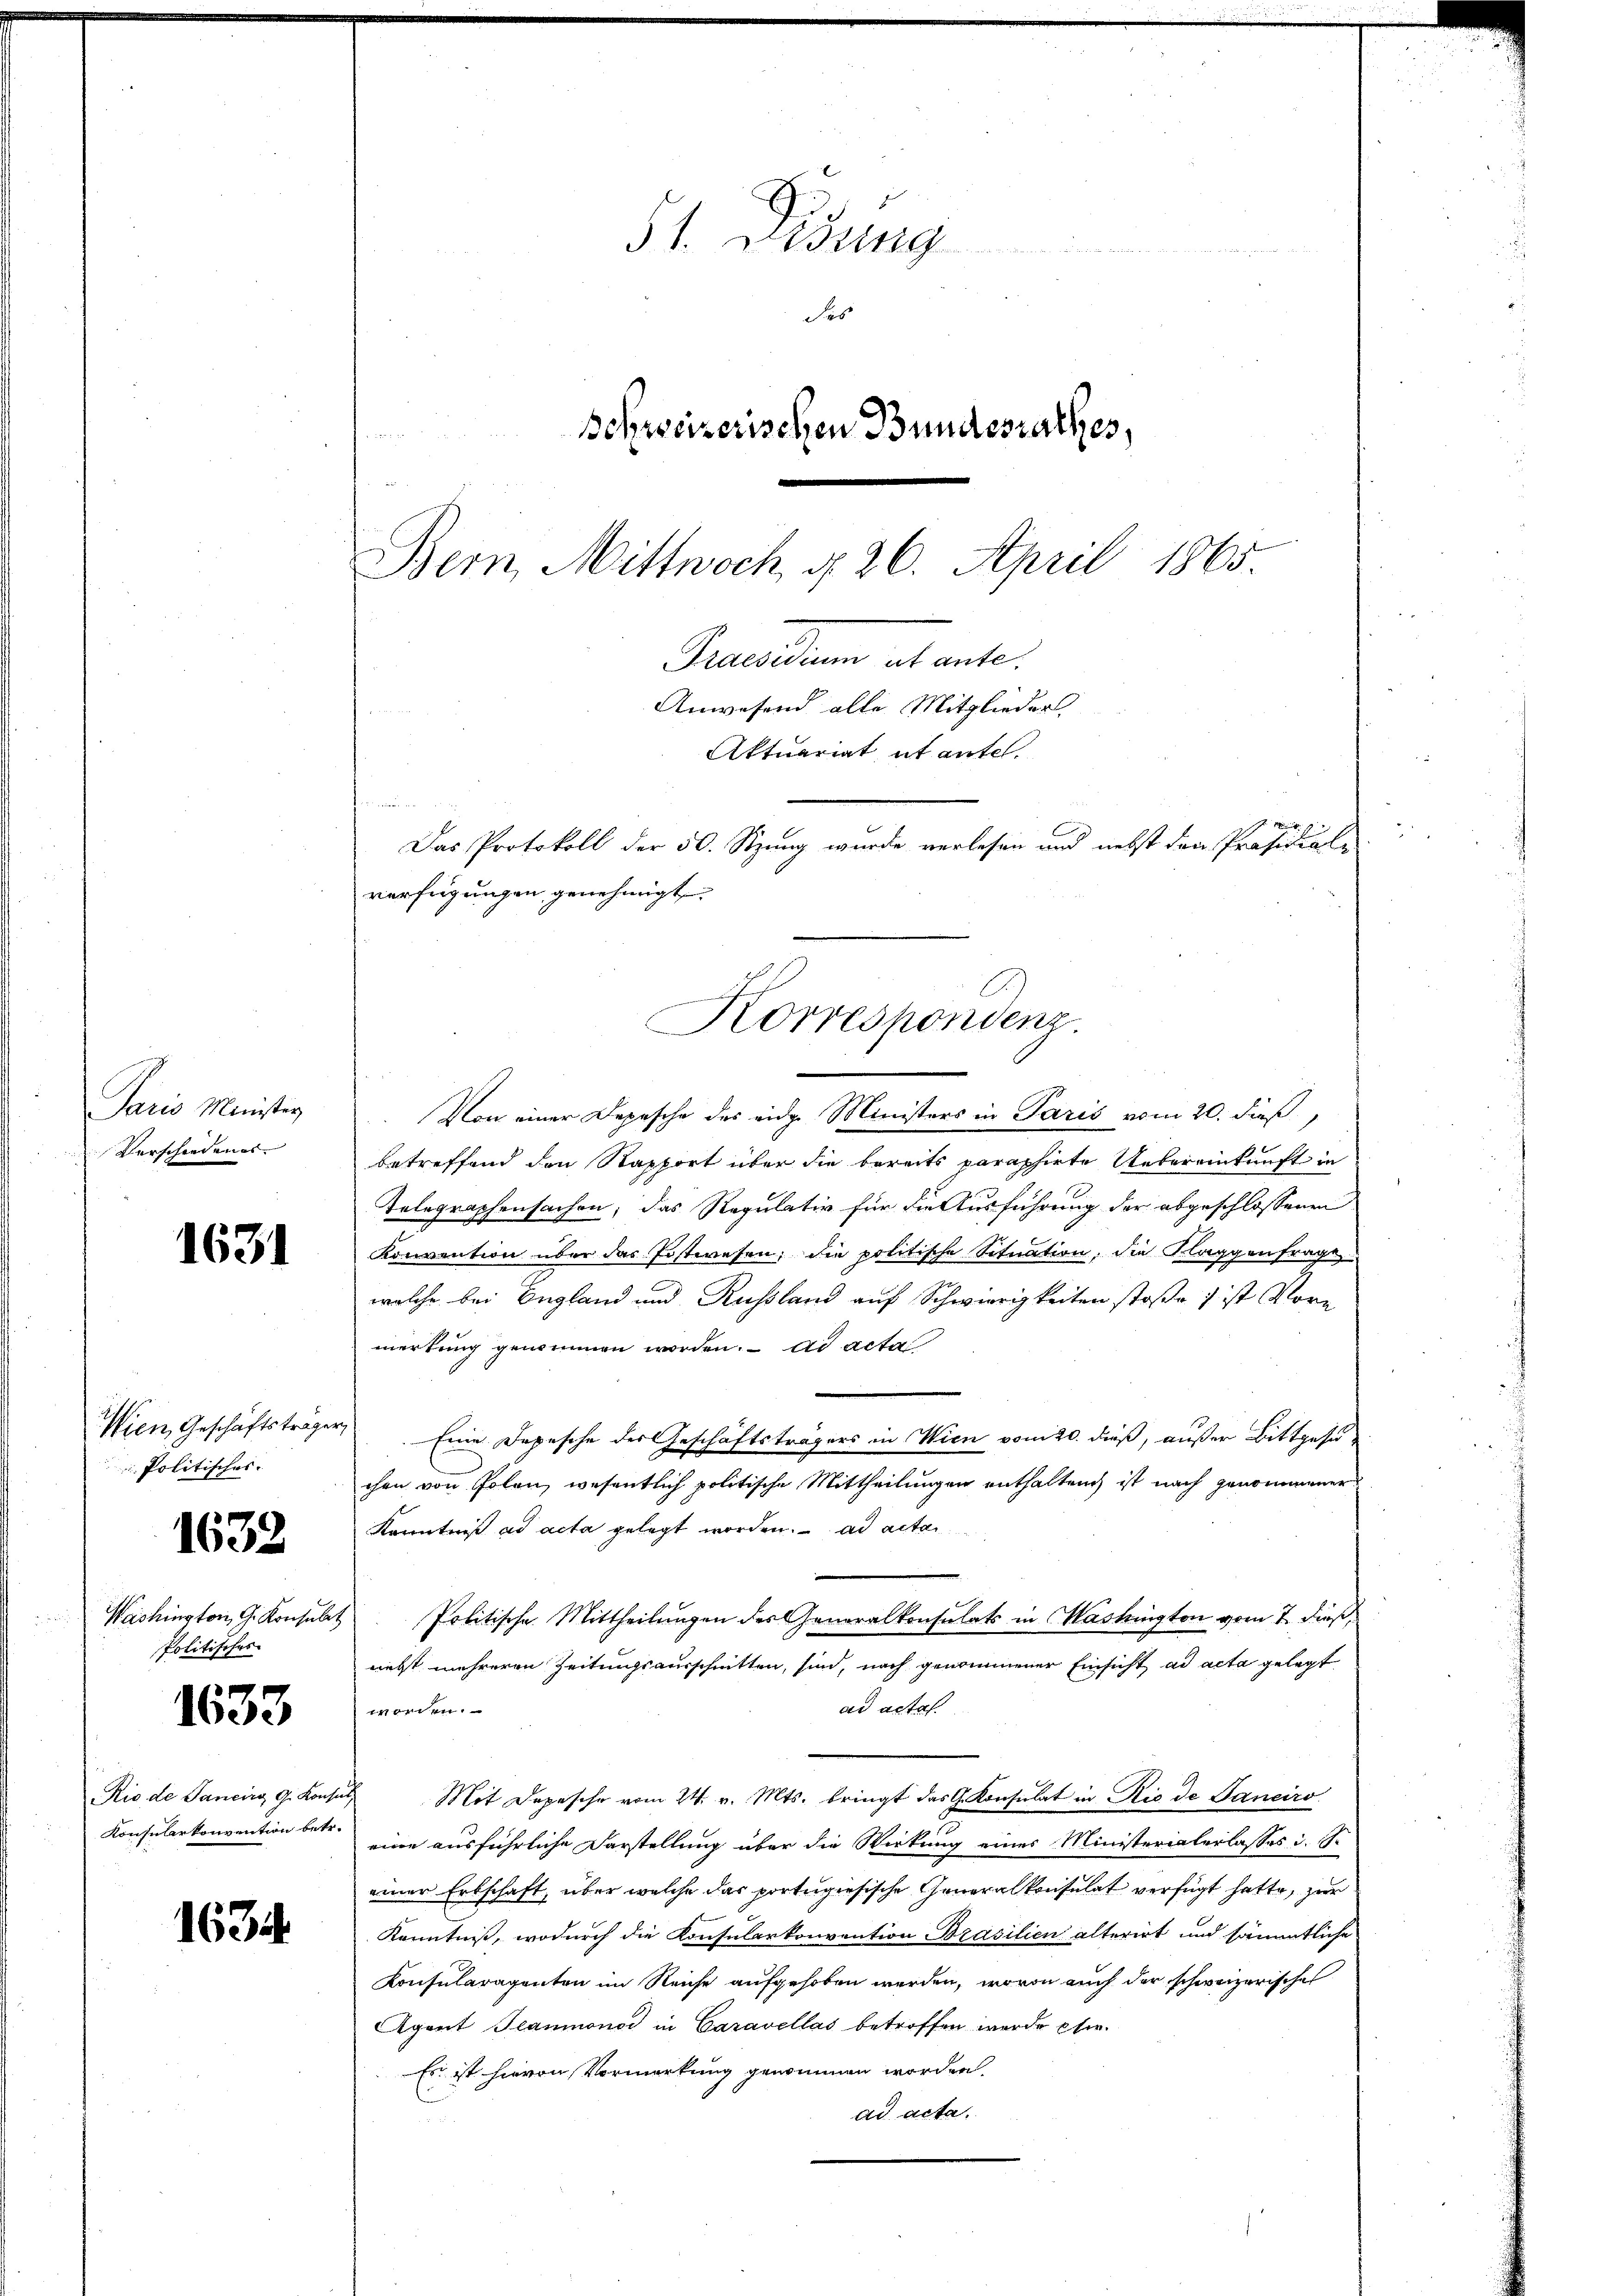
Paris Minister
Verschiedenes |

1631

1632

1633

1634.

Wien, Geschäftstrage
 Politisches.

Washington, G. Konsule.
Politisches

Rio de Janeirg G. Kont
Konsularkonvention betr.

51. Lesung
des
Schweizerischen Bundesrathes,
3

Bern, Mittwoch, d. 26. April 1865.
Praesendung es warte
Anwesend alle Mitglieder,
Aktuariat et antel.
e
Das Protokoll der 50. Stzung wurde verlesen und nebst den Präsidial-
verfügungen genehmigt.
e
Korrespondenz

Von einer Depesche des eidge Ministers in Paris vom 20. dieß,
betreffend den Stapfort über die bereits paraphirte Uebereinkunft in
Telegraphensachen, das Regulativ für die Ausführung der abgeschlossenen
Konvention über das Jostwesen, die politische Situation, die Klaggenfrage
welche bei England und Russland auf Schwierigkeiten stoße ) ist Vor-
merkung genommen worden. ad acta
Eine Depesche des Geschäftsträgers in Wien vom 20. dieß, außer Bittgesuchen von Polen, wesentlich politische Mittheilungen enthalten ist nach genommener
Kenntniß ad acta gelegt worden. ad acta
Politische Mittheilungen des Generalkonsulats in Washington vom 7. dieß,
nieht mehreren Zeitungsausschnitten, sind, nach genommener Einsicht ad acta gelegt
ad actes
worden.
Mit Depesche vom 24. v. Mts. bringt das G. Konsulat in Rio de Ganciro
eine ausführliche Darstellung über die Wirkung eines Ministerialerlasses d. S.
einer Erbschaft, über welche das portugisische Generalkonsulat verfügt hatte, zur
Kenntniß, wodurch die Konsularkonvention Brasilien alterirt und sämmtliche
Konsularagenten im Reiche aufgehoben werden, wovon auch der schweizerisches
Agent Teaumonod in Caravellas betroffen wurde etw
Es ist hievon Vormerkung genommen worden.
ad acta.
.